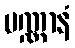
ပဏ္ဏာနံ